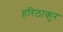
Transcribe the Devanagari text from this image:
हरिठाकुर